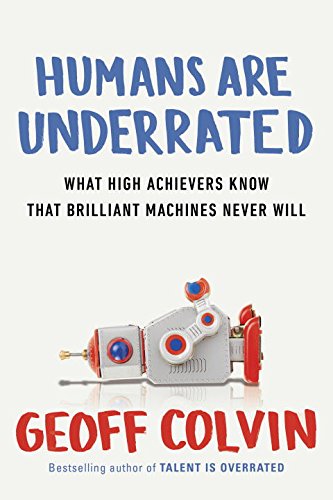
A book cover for Humans Are Underrated: What High Achievers Know That Brilliant Machines Never Will; Geoff Colvin; Science & Math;